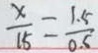
\frac { x } { 1 5 } = \frac { 1 . 5 } { 0 . 5 }